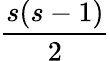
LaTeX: \frac{s(s-1)}{2}